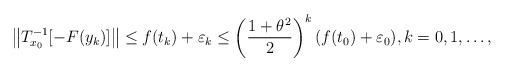
\begin{align*} \left\|T_{x_0}^{-1}[-F(y_k)]\right\|\leq f({t}_k)+\varepsilon_k\leq \left(\frac{1+\theta^2}{2}\right)^{k}(f({t}_0)+\varepsilon_0), k=0,1,\dots, \end{align*}